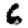
Digit: 6